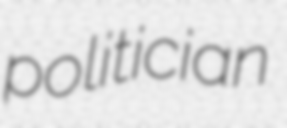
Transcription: politician